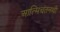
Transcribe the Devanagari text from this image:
आत्मिचंतनथी